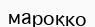
марокко